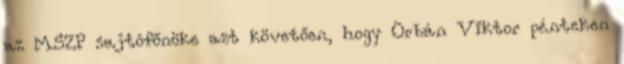
az MSZP sajtófőnöke azt követően, hogy Orbán Viktor pénteken